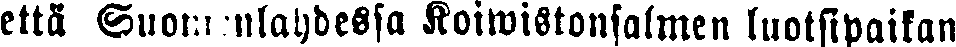
että Suomenlahdessa Koiwistonsalmen luotsipaikan